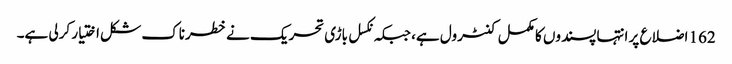
162 اضلاع پر انتہا پسندوں کا مکمل کنٹرول ہے، جبکہ نکسل باڑی تحریک نے خطرناک شکل اختیار کرلی ہے۔